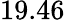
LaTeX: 19.46